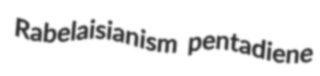
Rabelaisianism pentadiene